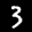
Label: 3